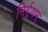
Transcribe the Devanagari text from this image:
निर्गुणम्